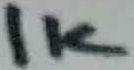
Text: 1K